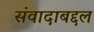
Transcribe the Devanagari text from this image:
संवादाबद्दल